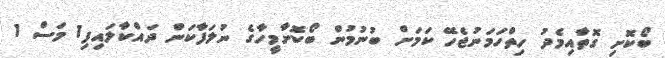
ބޯކޮށި ގޮތާއިމެދު ހިތްހަމަނުޖެހޭ ކަމަށް ބުނުމުން ބޯކޮށާމީހާގެ ނުލަފާކަން ދައްކާލައިފި1 މަސް 1